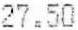
27.50